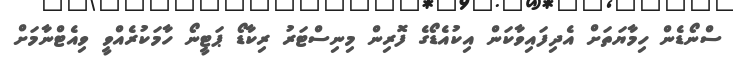
ސްނޯޑެން ހިމާޔަތަށް އެދިފައިވާކަން އިކުއެޑޯގެ ފޮރިން މިނިސްޓަރު ރިކާޑޯ ޕަޓީނޯ ހާމަކުރެއްވީ ވިއެޓްނާމަށް